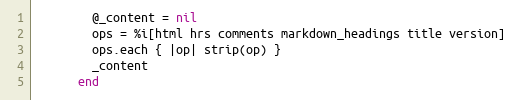
Language: Ruby
        @_content = nil
        ops = %i[html hrs comments markdown_headings title version]
        ops.each { |op| strip(op) }
        _content
      end